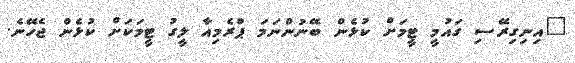
"އިނިގިރޭސި ގައުމީ ޓީމަށް ކުޅެން ބޭނުންނަމަ ޕްރެމިއާ ލީގު ޓީމަކަށް ކުޅެން ޖެހޭނެ.